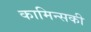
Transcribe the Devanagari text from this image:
कामिन्सकी